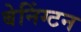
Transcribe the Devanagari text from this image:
बेनिंग्टन